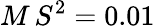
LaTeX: M\, S^{2}=0.01